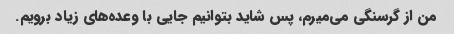
من از گرسنگی می‌میرم، پس شاید بتوانیم جایی با وعده‌های زیاد برویم.